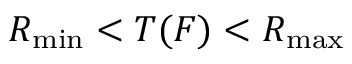
R _ { \mathrm { m i n } } < T ( F ) < R _ { \mathrm { m a x } }